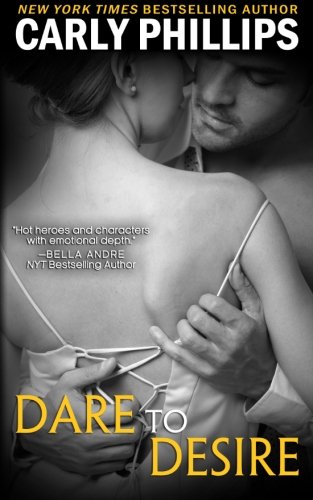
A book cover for Dare to Desire (Dare to Love) (Volume 2); Carly Phillips; Romance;